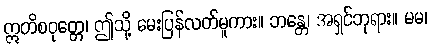
ဣတိစဝုတ္တေ၊ ဤသို့ မေးပြန်လတ်မူကား။ ဘန္တေ၊ အရှင်ဘုရား။ မမ၊